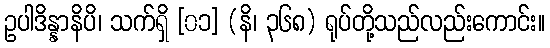
ဥပါဒိန္နာနိပိ၊ သက်ရှိ [၀၁] (နိ၊ ၃၆၈) ရုပ်တို့သည်လည်းကောင်း။